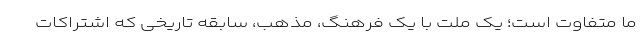
ما متفاوت است؛ یک ملت با یک فرهنگ، مذهب، سابقه تاریخی که اشتراکات